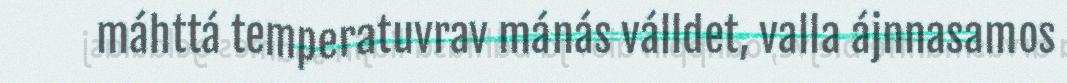
máhttá temperatuvrav mánás válldet, valla ájnnasamos